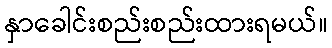
နှာခေါင်းစည်းစည်းထားရမယ်။